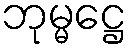
ဘုမ္မဋ္ဌေ